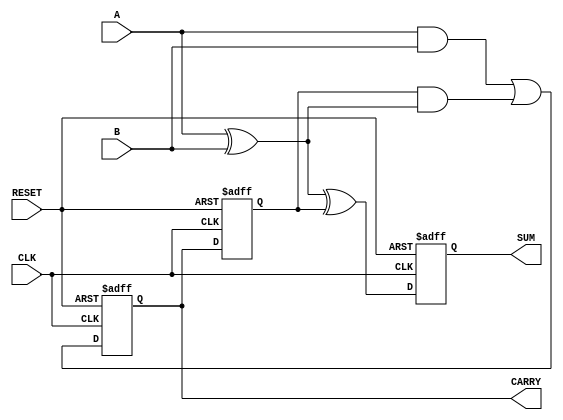
module Sequential_Half_Adder (
    input wire A,           // First input bit
    input wire B,           // Second input bit
    input wire CLK,         // Clock signal
    input wire RESET,       // Reset signal
    output reg SUM,         // Sum output
    output reg CARRY        // Carry output
);

    reg previous_carry;     // Internal state variable to store previous carry

    always @(posedge CLK or posedge RESET) begin
        if (RESET) begin
            SUM <= 1'b0;     // Reset sum to 0
            CARRY <= 1'b0;   // Reset carry to 0
            previous_carry <= 1'b0; // Clear the previous carry
        end else begin
            // Compute new sum and carry
            SUM <= A ^ B ^ previous_carry; // Sum = A XOR B XOR previous_carry
            CARRY <= (A & B) | (previous_carry & (A ^ B)); // Carry = (A AND B) OR (previous_carry AND (A XOR B))
            previous_carry <= CARRY; // Update previous carry
        end
    end

endmodule